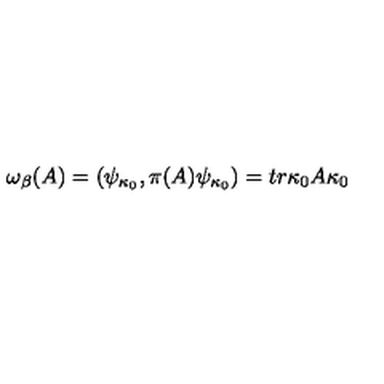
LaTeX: \omega _ { \beta } ( A ) = \left( \psi _ { \kappa _ { 0 } } , \pi ( A ) \psi _ { \kappa _ { 0 } } \right) = t r \kappa _ { 0 } A \kappa _ { 0 }